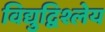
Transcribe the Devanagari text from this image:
विद्युद्विश्लेय